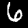
Label: 6